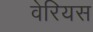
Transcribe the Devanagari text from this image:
वेरियस